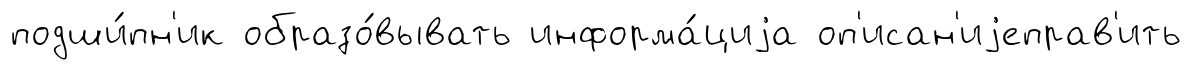
подши́пн'ик образо́вывать информа́циjа оп'исан'иjеправ'ить